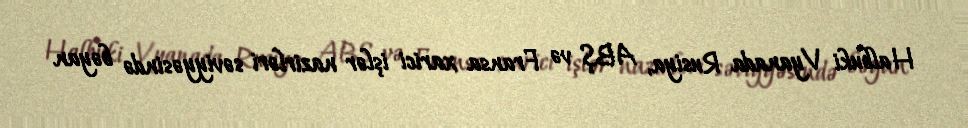
Halbuki Vyanada Rusiya, ABŞ və Fransa xarici işlər nazirləri səviyyəsində bəyan